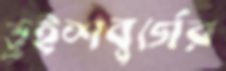
ডুইশবুর্গের